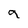
Character: 9